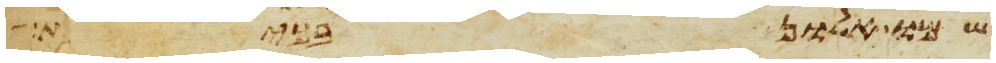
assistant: שמו אלון בכית